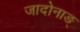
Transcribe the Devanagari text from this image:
जादोनाङ्